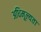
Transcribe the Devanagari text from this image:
अधिमूल्यता